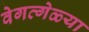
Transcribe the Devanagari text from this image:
वेगव्गेळ्या